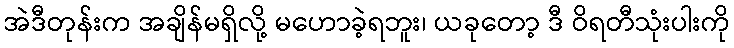
အဲဒီတုန်းက အချိန်မရှိလို့ မဟောခဲ့ရဘူး၊ ယခုတော့ ဒီ ဝိရတီသုံးပါးကို